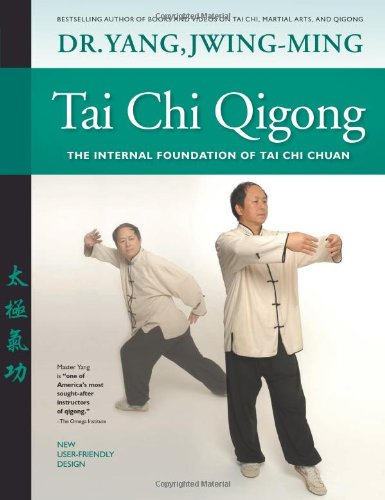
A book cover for Tai Chi Qigong: The Internal Foundation of Tai Chi Chuan; Dr. Yang Jwing-Ming; Health, Fitness & Dieting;